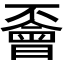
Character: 𠁞